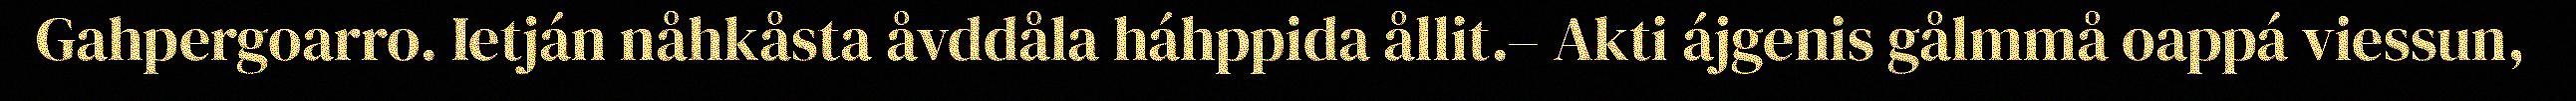
Gahpergoarro. Ietján nåhkåsta åvddåla háhppida ållit.– Akti ájgenis gålmmå oappá viessun,